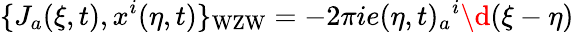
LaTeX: \{ J_{a}(\xi,t),x^{i}(\eta,t)\} _{\mathrm{WZW}}=-2\pi ie(\eta,t)_{a}{}^{i}\d(\xi-\eta)